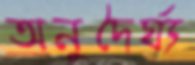
অনুদৈর্ঘ্য